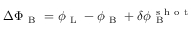
\Delta \Phi _ { \mathrm { ~ B ~ } } = \phi _ { \mathrm { ~ L ~ } } - \phi _ { \mathrm { ~ B ~ } } + \delta \phi _ { \mathrm { ~ B ~ } } ^ { \mathrm { ~ s ~ h ~ o ~ t ~ } }